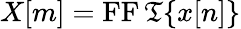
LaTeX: X[m]=\operatorname{FF\mathfrak{T}}\{ x[n]\}